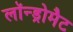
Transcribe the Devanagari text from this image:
लॉन्ड्रोमैट